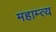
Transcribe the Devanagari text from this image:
महाम्त्य